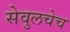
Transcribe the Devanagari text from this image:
सेवुलचेच